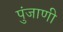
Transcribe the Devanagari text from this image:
पुंजाणी